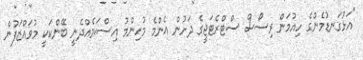
"އަޅުގަނޑުމެންގެ ހިއުމަން ރިސޯސް ސްޓްރެޓަޖީގެ ދަށުން އެންމެ މުހިންމު އިސްކަމެއްދެނީ ބޭންކަކީ މުވައްޒަފުން